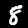
Label: 8